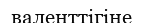
валенттігіне